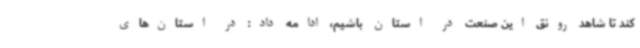
کند تا شاهد رونق این صنعت در استان باشیم، ادامه داد: در استان‌های